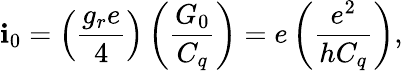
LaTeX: \mathbf{i}_{0}=\left(\frac{{g_{r}e}}{{4}}\right)\left(\frac{{G_{0}}}{{C_{q}}}\right)=e\left(\frac{{e^{2}}}{{hC_{q}}}\right),